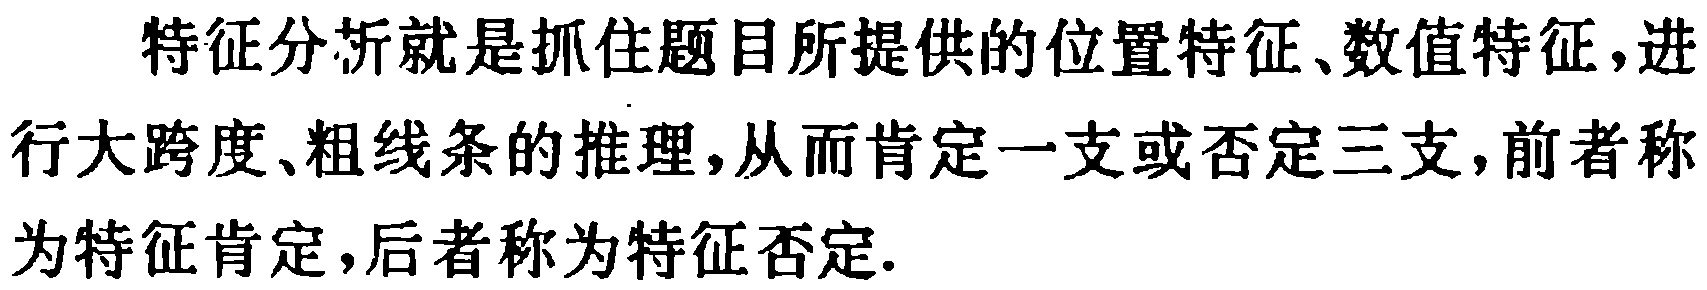
特征分析就是抓住题目所提供的位置特征、数值特征,进行大跨度、粗线条的推理,从而肯定一支或否定三支,前者称为特征肯定,后者称为特征否定.